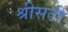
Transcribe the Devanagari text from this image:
श्रीसटी